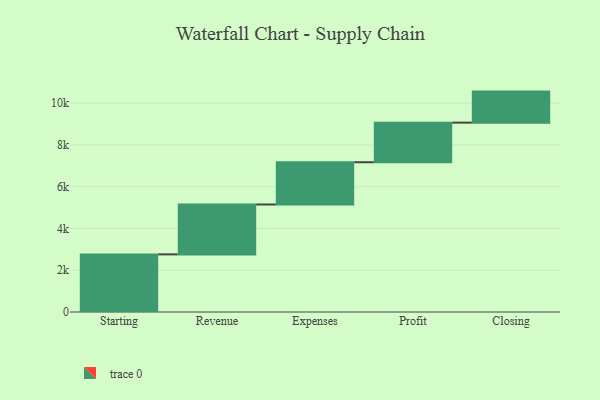
{"axis": {"x": "Step", "y": "Value"}, "legend": [""], "data": [{"x": "Starting", "y": 2760.0, "type": ""}, {"x": "Revenue", "y": 2390.0, "type": ""}, {"x": "Expenses", "y": 2025.0, "type": ""}, {"x": "Profit", "y": 1896.0, "type": ""}, {"x": "Closing", "y": 1487.0, "type": ""}]}